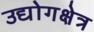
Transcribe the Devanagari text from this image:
उद्योगक्षेत्र